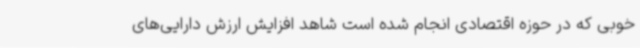
خوبی که در حوزه اقتصادی انجام شده است شاهد افزایش ارزش دارایی‌های